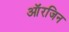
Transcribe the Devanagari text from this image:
आॅरजिन